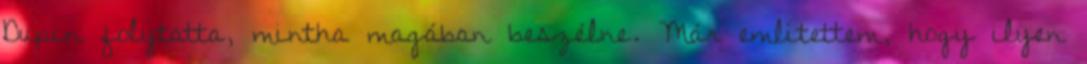
Dupin folytatta, mintha magában beszélne. Már említettem, hogy ilyen